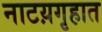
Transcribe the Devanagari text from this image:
नाटय़गृहात